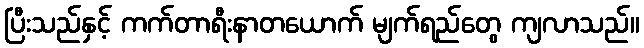
ပြီးသည်နှင့် ကက်တာရီးနာတယောက် မျက်ရည်တွေ ကျလာသည်။